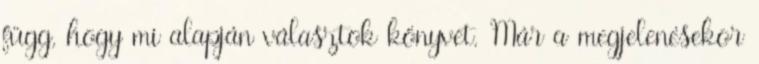
függ, hogy mi alapján választok könyvet. Már a megjelenésekor